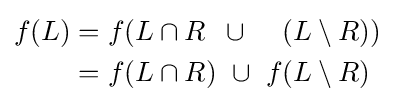
{\begin{alignedat}{4}f(L)&=f(L\cap R~&&\cup ~&&(&&L\setminus R))\\&=f(L\cap R)~&&\cup ~f&&(&&L\setminus R)\end{alignedat}}